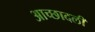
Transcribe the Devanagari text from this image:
आच्छादली